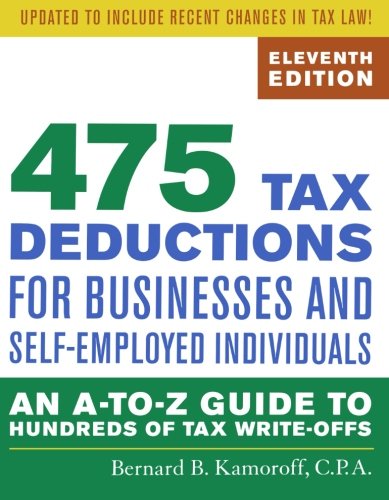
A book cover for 475 Tax Deductions for Businesses and Self-Employed Individuals: An A-to-Z Guide to Hundreds of Tax Write-Offs; Bernard B. Kamoroff C.P.A.; Business & Money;